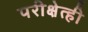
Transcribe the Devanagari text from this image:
परीक्षेत्ही